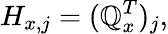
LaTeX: H_{x,j}=(\mathbb{Q}_{x}^{T})_{j},